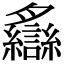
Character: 𦣐